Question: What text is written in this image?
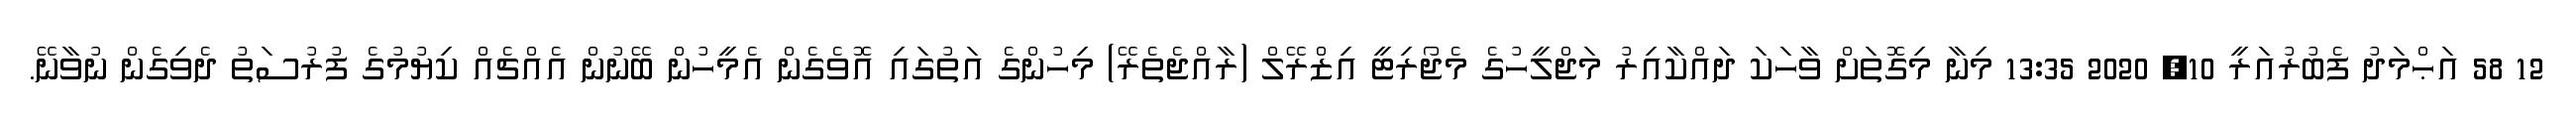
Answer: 12 58 އަޙްމަދު ފެބުރުއަރީ 10, 2020 13:35 މިނާ މިގޮތަށް ވާހަކަ ދައްކާއިރު މަޖްލީހުގެ މެޖޯރިޓީ އިޒްރޭލް (ރާއްޖެތެރޭ) މިހުންގެ އަތުގައި އޮވެގެން އެމީހުން ބޭނުން އެއްޗެއް ކިޔުމުގެ ފުރުސަތު ދެވިގެން ނުވާނޭ.